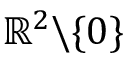
\mathbb { R } ^ { 2 } \backslash \{ 0 \}